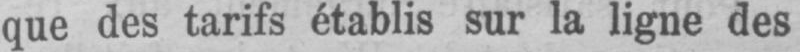
que des tarifs établis sur la ligne des